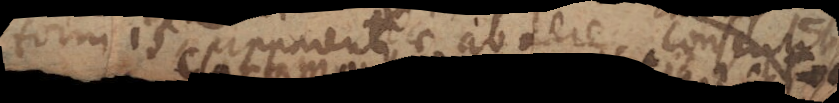
formis apparentiae ab aere consentit